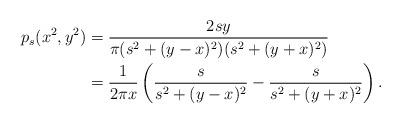
LaTeX: \begin{align*} p_s(x^2,y^2) &=\frac{2s y}{\pi (s^2+(y-x)^2)(s^2+(y+x)^2)}\\&=\frac{1}{2\pi x}\left(\frac{s}{s^2+(y-x)^2}-\frac{s}{s^2+(y+x)^2} \right).\end{align*}